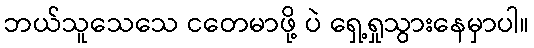
ဘယ်သူသေသေ ငတေမာဖို့ ပဲ ရှေ့ရှုသွားနေမှာပါ။